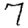
Digit: 7